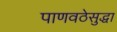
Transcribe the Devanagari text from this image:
पाणवठेसुद्धा